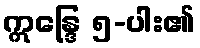
ဣန္ဒြေ ၅-ပါး၏